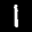
Label: 1